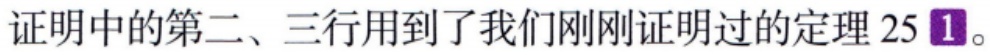
证明中的第二、三行用到了我们刚刚证明过的定理 25\textcircled{1}。